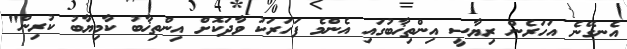
އެނގޭނެ އަހަރެން ރިޔާސީ އިންތިޚާބުގައި އެންމެ ފަހަރަކު ވާދަކޮށް އިންތިޚާބު ކާމިޔާބު ކުރިން"